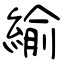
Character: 緰